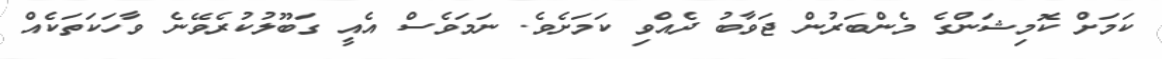
ކަމަށް ކޮމިޝަންގެ މެންބަރުން ޖަވާބު ދެއްވި ކަމަށެވެ. ނަމަވެސް އެއީ ގަބޫލުކުރެވޭނެ ވާހަކަތަކެއް